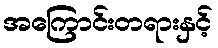
အကြောင်းတရားနှင့်